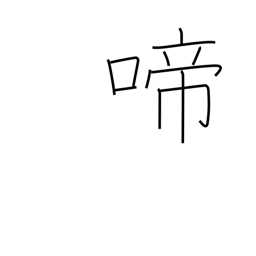
Meaning: chirp